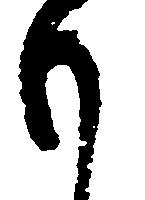
も